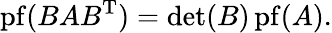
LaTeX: \operatorname{pf}(BAB^{\mathrm{T}})=\operatorname*{det}(B)\operatorname{pf}(A).